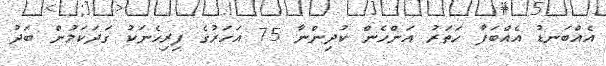
އެއްބަނޑު އެއްބަފާ ހަތަރު އަންހެން ކުދިންނާ 75 އަހަރުގެ ފިރިހެނަކު ގަދަކަމުން ބަދު